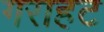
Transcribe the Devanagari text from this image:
गराहट